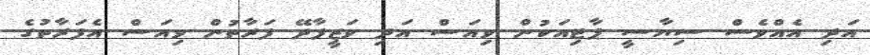
އަދި އެއްވެސް ސިޔާސީ ޕާޓިއަކުން ވިއަސް އަދި ވަޒީފާދޭ ފަރާތުން ވިއަސް އެފަރާތުގެ